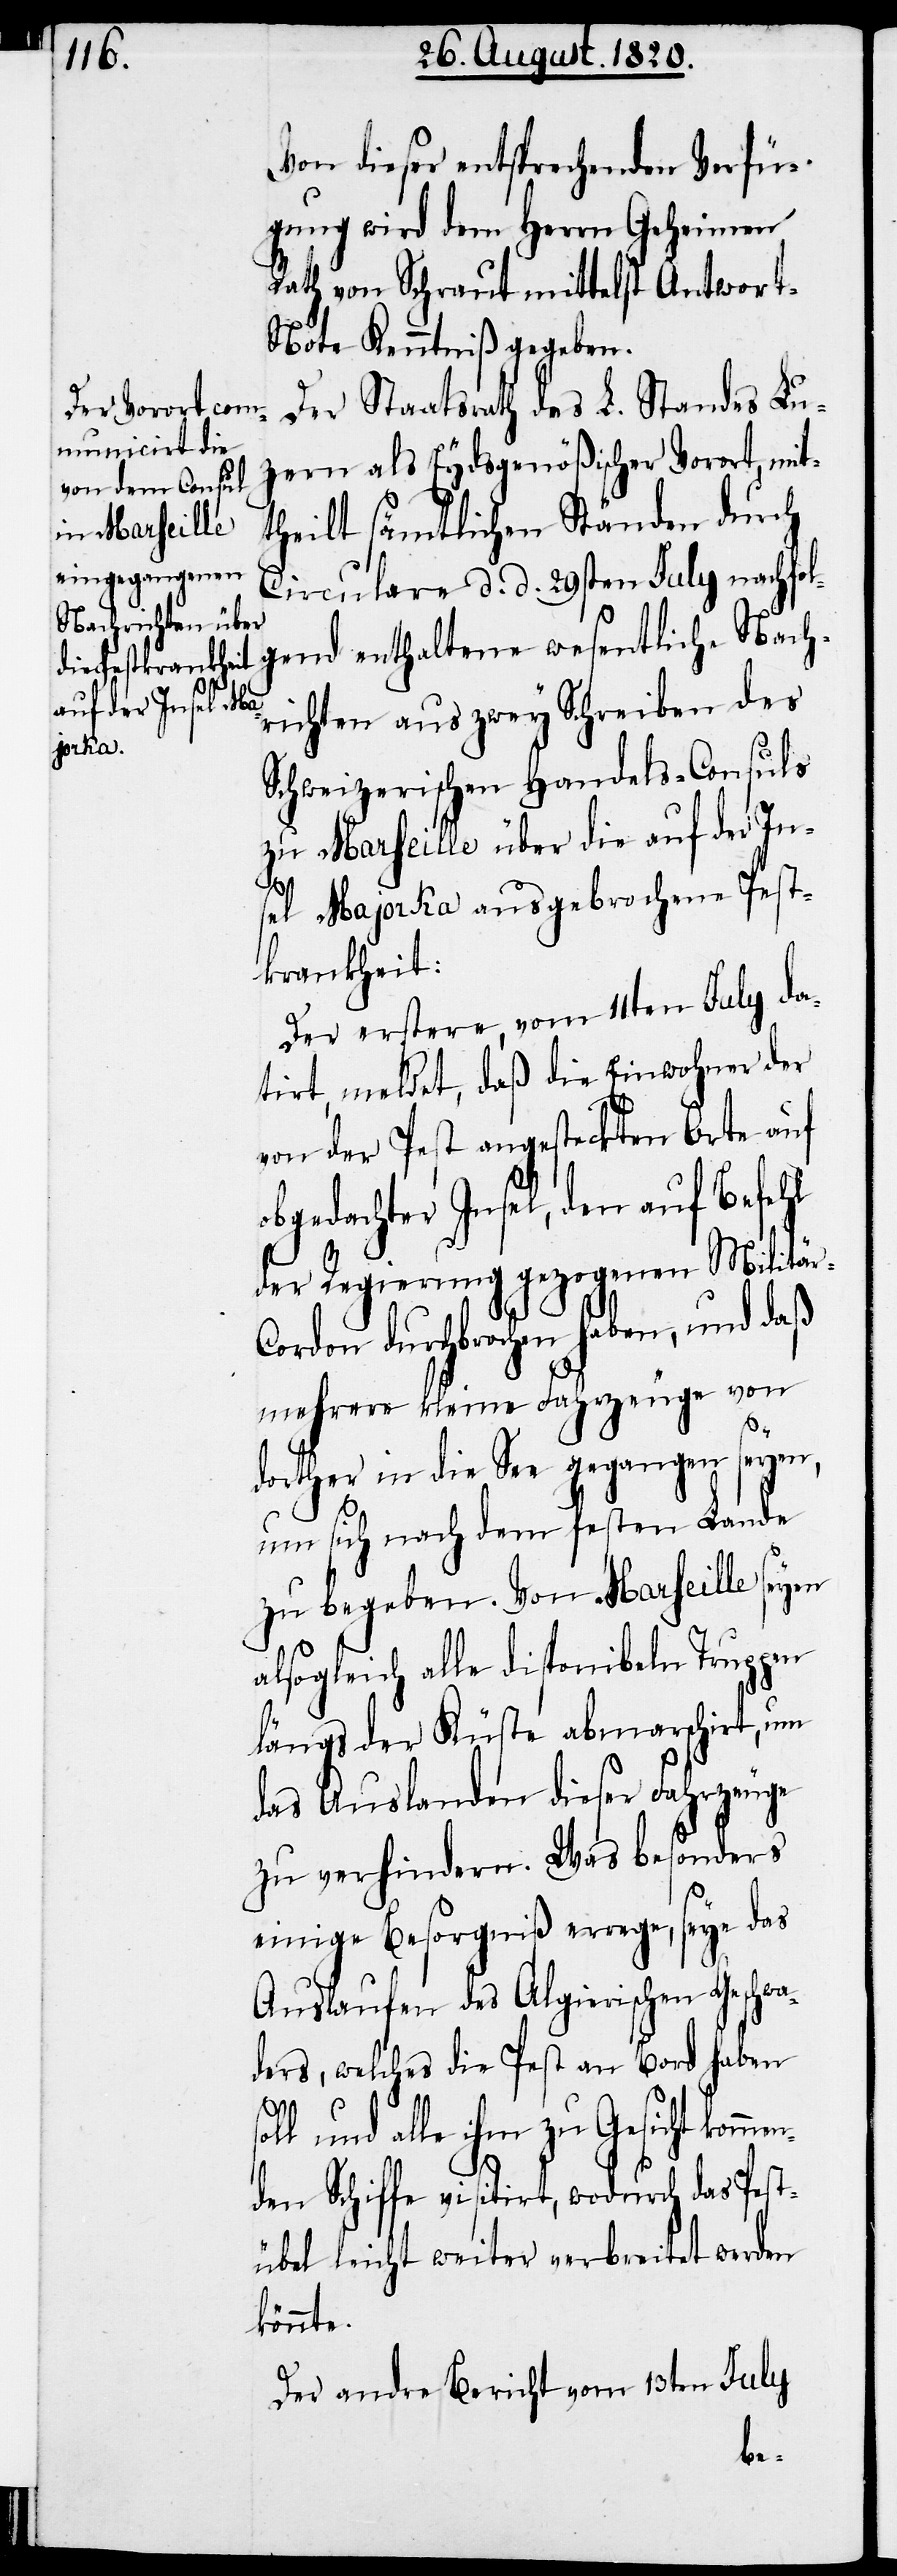
Von dieser entsprechenden Verfü¬
gung wird dem Herrn Geheimen
Rath von Schraut mittelst Antwort-N¬
ote Kenntniß gegeben.
Der Staatsrath des L. Standes Lu¬
zern als Eydsgenößischer Vorort, mit¬
theilt sämtlichen Ständen durch
Circulare d. d. 29sten July nachfol¬
richten aus zwey Schreiben des
Schweizerischen Handels-Consuls
zu Marseille über die auf der In¬
sel Majorka ausgebrochene Pest¬
krankheit:
Der erstere, vom 11ten July da¬
tirt, meldet, daß die Einwohner der
von der Pest angesteckten Orte auf
obgedachter Insel, den auf Befehl
der Regierung gezogenen Militär-C¬
ordon durchbrochen haben, und daß
mehrere kleine Fahrzeuge von
dorther in die See gegangen seyen,
um sich nach dem festen Lande
zu begeben. Von Marseille seyen
alsogleich alle disponibeln Truppen
längs der Küste abmarschirt, um
das Auslanden dieser Fahrzeuge
zu verhindern. Was besonders
einige Besorgniß errege, seye das
Auslaufen des Algierischen Geschwa¬
ders, welches die Pest an Bord haben
und alle ihm zu Gesicht kom¬
nden Schiffe visitirt, wodurch das Pest¬
übel leicht weiter verbreitet werden
könnte.
Der andre Bericht vom 13ten July
me¬